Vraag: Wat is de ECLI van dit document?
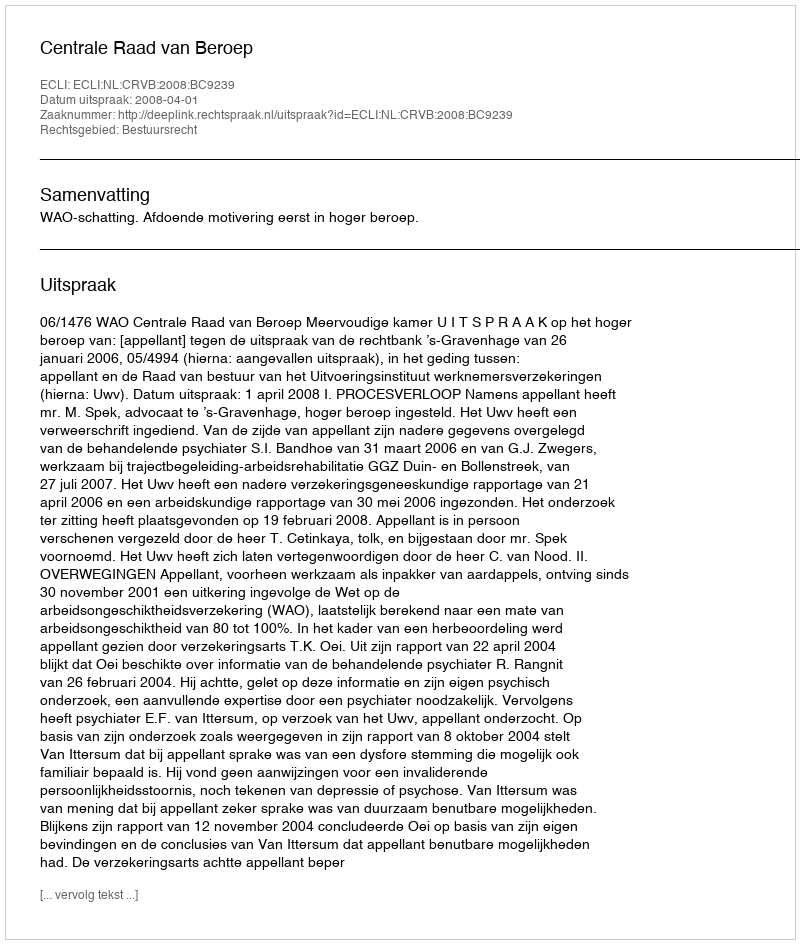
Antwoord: ECLI:NL:CRVB:2008:BC9239